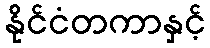
နိုင်ငံတကာနှင့်